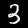
Digit: 3